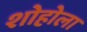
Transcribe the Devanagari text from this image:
शोहोला